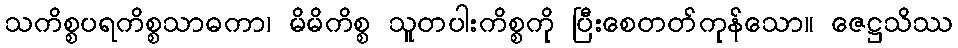
သကိစ္စပရကိစ္စသာဓကာ၊ မိမိကိစ္စ သူတပါးကိစ္စကို ပြီးစေတတ်ကုန်သော။ ဇေဋ္ဌသိဿ